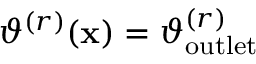
\vartheta ^ { ( r ) } ( \mathbf { x } ) = \vartheta _ { \mathrm { o u t l e t } } ^ { ( r ) }